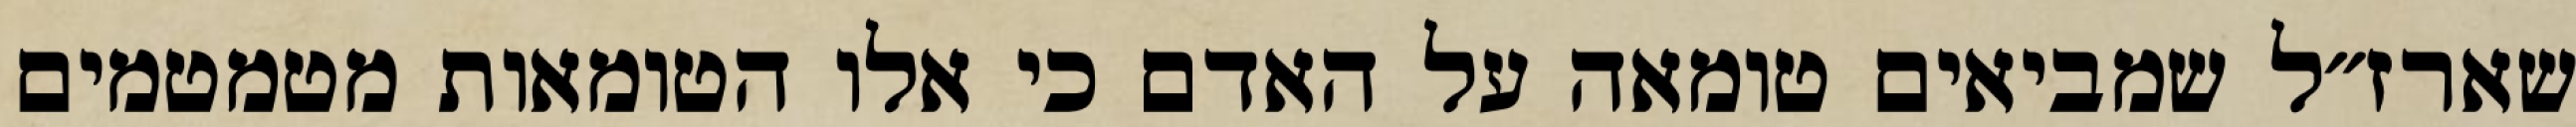
שארז״ל שמביאים טומאה על האדם כי אלו הטומאות מטמטמים